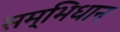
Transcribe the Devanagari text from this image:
सम्भिधान